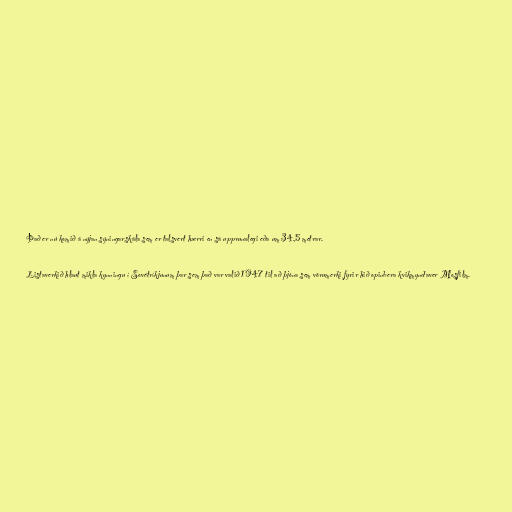
Það er nú komið á nýjan sýningarskála sem er talsvert hærri en sá upprunalegi eða um 34,5 metrar.

Listaverkið hlaut mikla kynningu í Sovétríkjunum þar sem það var valið 1947 til að þjóna sem vörumerki fyrir hið opinbera kvikmyndaver Mosfilm.